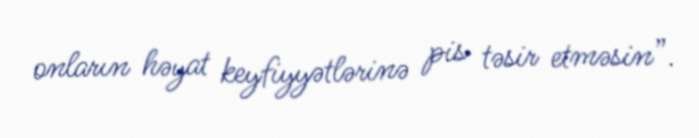
onların həyat keyfiyyətlərinə pis təsir etməsin”.